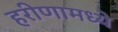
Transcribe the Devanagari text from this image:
हरीणामध्ये